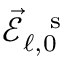
\vec { \mathcal { E } } _ { \ell , 0 } ^ { \mathrm { ~ \, ~ s ~ } }